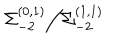
LaTeX: \Sigma _ { - 2 } ^ { ( 0 , 1 ) } \Big / \Sigma _ { - 2 } ^ { ( 1 , 1 ) }